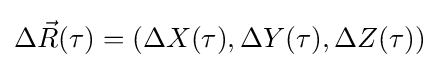
\Delta {\vec {R}}(\tau )=(\Delta X(\tau ),\Delta Y(\tau ),\Delta Z(\tau ))